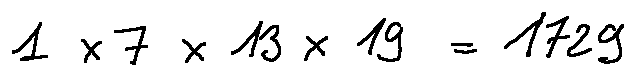
1 \times 7 \times 1 3 \times 1 9 = 1 7 2 9